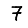
Digit: 7